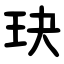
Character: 玦